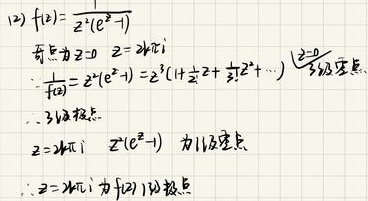
\[
\begin{align*}
&(12)\ f(z)=\frac{1}{z^{3}(e^{z}-1)}\\
&奇点为z = 0,\ e^{z}=2k\pi i\\
&\frac{1}{f(z)}=z^{3}(e^{z}-1)=z^{3}(1 + \frac{1}{1!}z+\frac{1}{2!}z^{2}+\cdots)\ (\text{当}z\rightarrow0)\\
&\therefore 3阶极点.\\
&z = 2k\pi i,\ z^{3}(e^{z}-1)\ 为1阶零点\\
&\therefore z = 2k\pi i\ 为f(z)\ 的极点
\end{align*}
\]